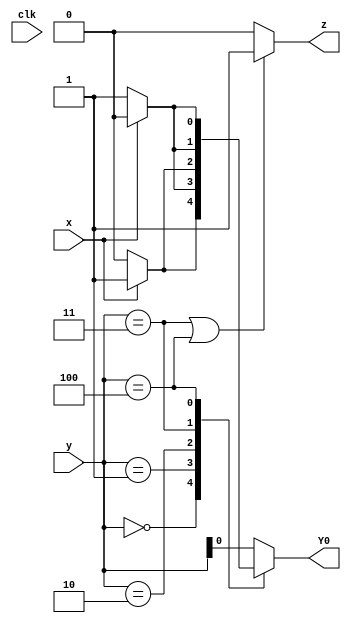
module top_module (
    input clk,
    input [2:0] y,
    input x,
    output Y0,
    output z
);

    parameter A=0, B=1, C=2, D=3, E=4;
    reg [2:0] NS;
    
    assign Y0 = NS[0];
    assign z = ((y == D) || (y == E))? 1:0;
    
    always @(*)
        case(y)
            A: NS = (x)? B:A;
            B: NS = (x)? E:B;
            C: NS = (x)? B:C;
            D: NS = (x)? C:B;
            E: NS = (x)? E:D;
            default: NS = y;
        endcase
endmodule